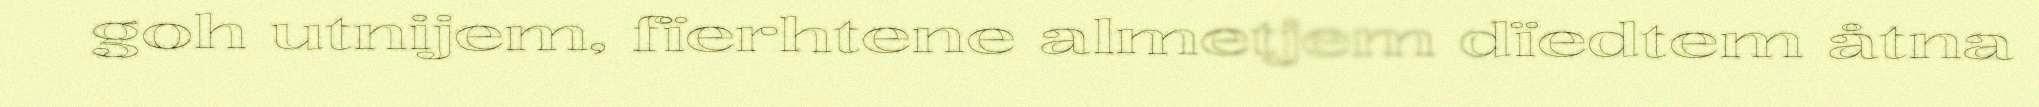
goh utnijem, fïerhtene almetjem dïedtem åtna